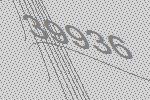
39936